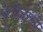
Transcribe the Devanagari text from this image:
बगिचाला